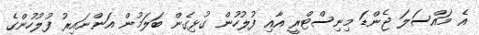
އެ މައްސަލަ ޖެންޑަ މިނިސްޓްރީ އާއި ފުލުހުން ގުޅިގެން ބަލަމުން އަންނައިރު ފުލުހުންގެ